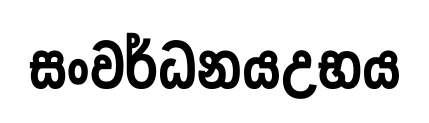
සංවර්ධනයඋභය